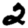
Digit: 2